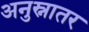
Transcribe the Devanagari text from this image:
अनुस्नातर